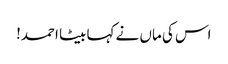
اس کی ماں نے کہا بیٹا احمد!